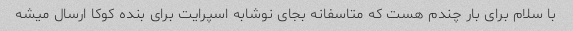
با سلام برای بار چندم هست که متاسفانه بجای نوشابه اسپرایت برای بنده کوکا ارسال میشه